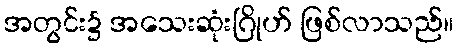
အတွင်း၌ အသေးဆုံးဂြိုဟ် ဖြစ်လာသည်။